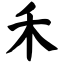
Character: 禾